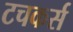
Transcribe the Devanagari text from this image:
टचकर्स